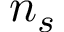
n _ { s }